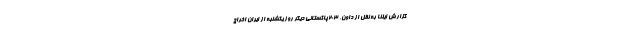
گزارش ایلنا به نقل از داون، ۲۰۳پاکستانی دیگر روز یکشنبه از ایران اخراج